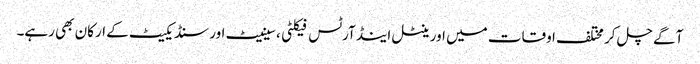
آگے چل کر مختلف اوقات میں اورینٹل اینڈ آرٹس فیکلٹی، سینیٹ اور سنڈیکیٹ کے ارکان بھی رہے۔